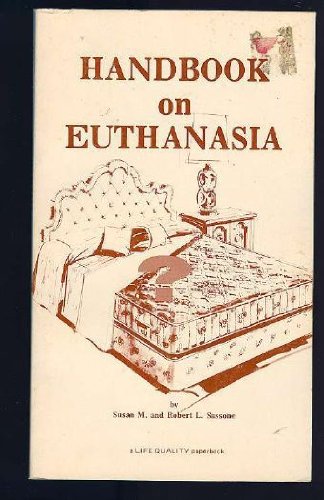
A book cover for Handbook on euthanasia (A Life quality paperback); Susan M Sassone; Medical Books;